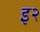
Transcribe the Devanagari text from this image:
इ२